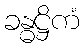
ခန္ဓဋ္ဌိကံ